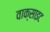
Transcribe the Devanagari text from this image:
वाक्साइट